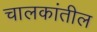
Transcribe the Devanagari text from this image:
चालकांतील